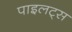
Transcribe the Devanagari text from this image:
पाइलट्स